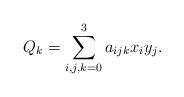
LaTeX: \begin{align*}Q_{k} = \sum_{i,j,k=0}^3 a_{ijk} x_i y_j.\end{align*}